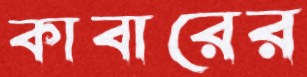
কাবারের